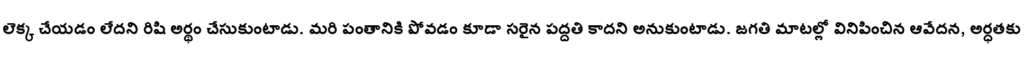
లెక్క చేయడం లేదని రిషి అర్థం చేసుకుంటాడు. మరి పంతానికి పోవడం కూడా సరైన పద్దతి కాదని అనుకుంటాడు. జగతి మాటల్లో వినిపించిన ఆవేదన, అర్ధతకు